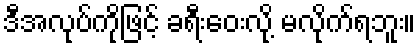
ဒီအလုပ်ကိုဖြင့် ခရီးဝေးလို့ မလိုက်ရဘူး။